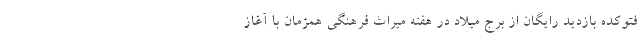
فتوکده بازدید رایگان از برج میلاد در هفته میراث فرهنگی همزمان با آغاز